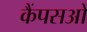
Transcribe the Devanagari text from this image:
कैंपसओ